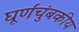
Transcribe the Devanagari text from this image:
घूर्णंचुंबकीय